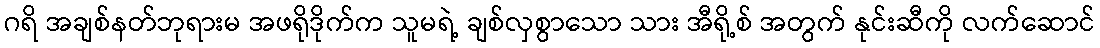
ဂရိ အချစ်နတ်ဘုရားမ အဖရိုဒိုက်က သူမရဲ့ ချစ်လှစွာသော သား အီရို့စ် အတွက် နုင်းဆီကို လက်ဆောင်